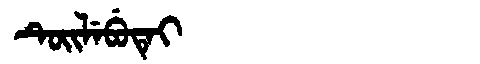
Manchu: ᡨᡠᡳᠯᡝᠪᡠᡨᡝᡳ
Romanization: TUILEBUTEI